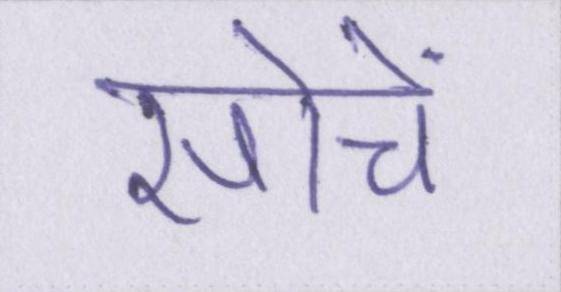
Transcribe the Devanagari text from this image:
सोचें